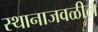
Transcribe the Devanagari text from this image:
स्थानाजवळील